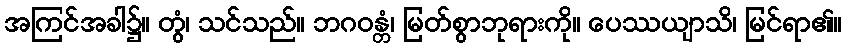
အကြင်အခါ၌။ တွံ၊ သင်သည်။ ဘဂဝန္တံ၊ မြတ်စွာဘုရားကို။ ပေဿယျာသိ၊ မြင်ရာ၏။